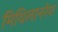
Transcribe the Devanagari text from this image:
मिथिलानरेश